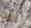
أنه